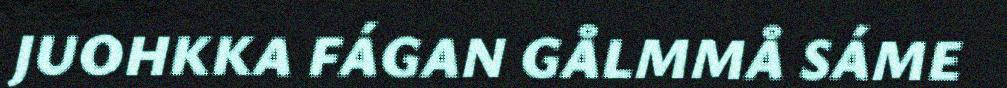
JUOHKKA FÁGAN GÅLMMÅ SÁME